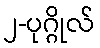
၂-ပုဂ္ဂိုလ်